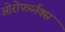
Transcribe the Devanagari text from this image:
ओरोफर्य्नक्स